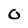
Character: O